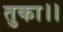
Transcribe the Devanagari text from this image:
तुका।।